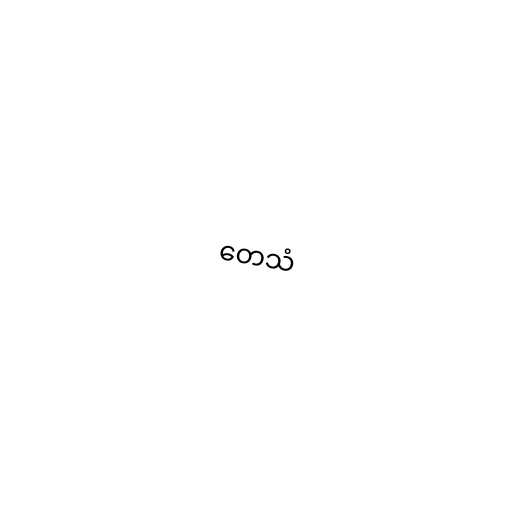
တေသံ